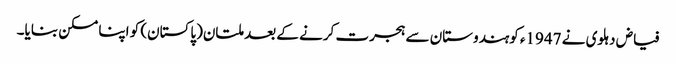
فیاض دہلوی نے 1947ء کوہندوستان سے ہجرت کرنے کے بعد ملتان(پاکستان) کو اپنا مسکن بنایا۔